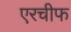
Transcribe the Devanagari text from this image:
एरचीफ